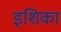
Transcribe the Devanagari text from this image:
इशिका